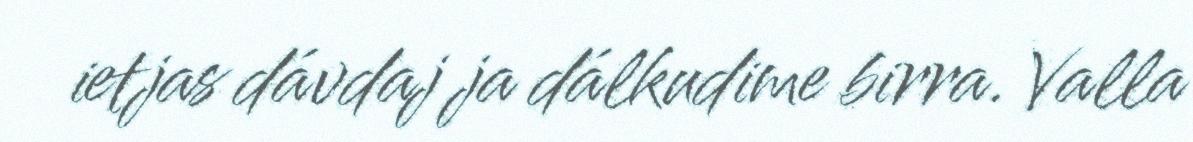
ietjas dávdaj ja dálkudime birra. Valla